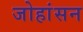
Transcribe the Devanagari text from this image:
जोहांसन